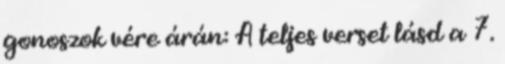
gonoszok vére árán: A teljes verset lásd a 7.